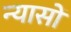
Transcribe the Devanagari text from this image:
न्‍यासों